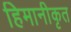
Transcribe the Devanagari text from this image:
हिमानीकृत